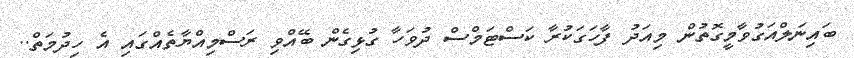
ބައިނަލްއަގުވާމީގޮތުން މިއަދު ފާހަގަކުރާ ކަސްޓަމްސް ދުވަހާ ގުޅިގެން ބޭއްވި ރަސްމިއްޔާތެއްގައި އެ ހިދުމަތް..